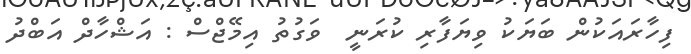
ފިހާރައަކުން ބަޔަކު ވިޔަފާރި ކުރަނީ  ވަގުތު އިމޭޖްސް : އަޝްހާދް އަބްދު